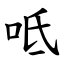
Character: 呧